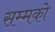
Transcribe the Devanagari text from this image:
सम्मको